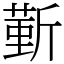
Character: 𣂼